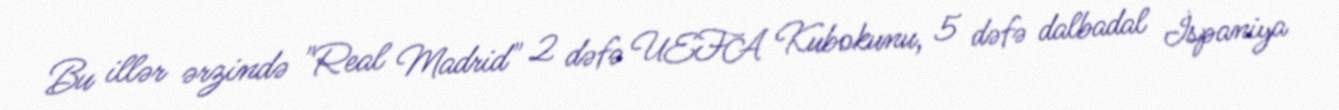
Bu illər ərzində "Real Madrid" 2 dəfə UEFA Kubokunu, 5 dəfə dalbadal İspaniya